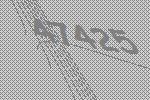
47425